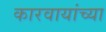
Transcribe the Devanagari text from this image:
कारवायांच्या